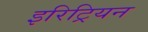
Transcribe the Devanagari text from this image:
इरिट्रियन